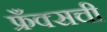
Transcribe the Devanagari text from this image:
फ्रँक्सची